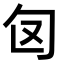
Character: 𭅅